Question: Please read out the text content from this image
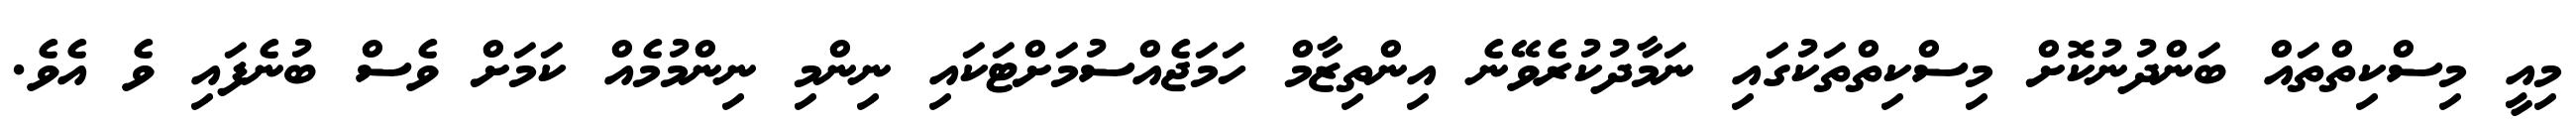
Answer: މިއީ މިސްކިތްތައް ބަންދުނުކޮށް މިސްކިތްތަކުގައި ނަމާދުކުރެވޭނެ އިންތިޒާމް ހަމަޖެއްސުމަށްޓަކައި ނިންމި ނިންމުމެއް ކަމަށް ވެސް ބުނެފައި ވެ އެވެ.